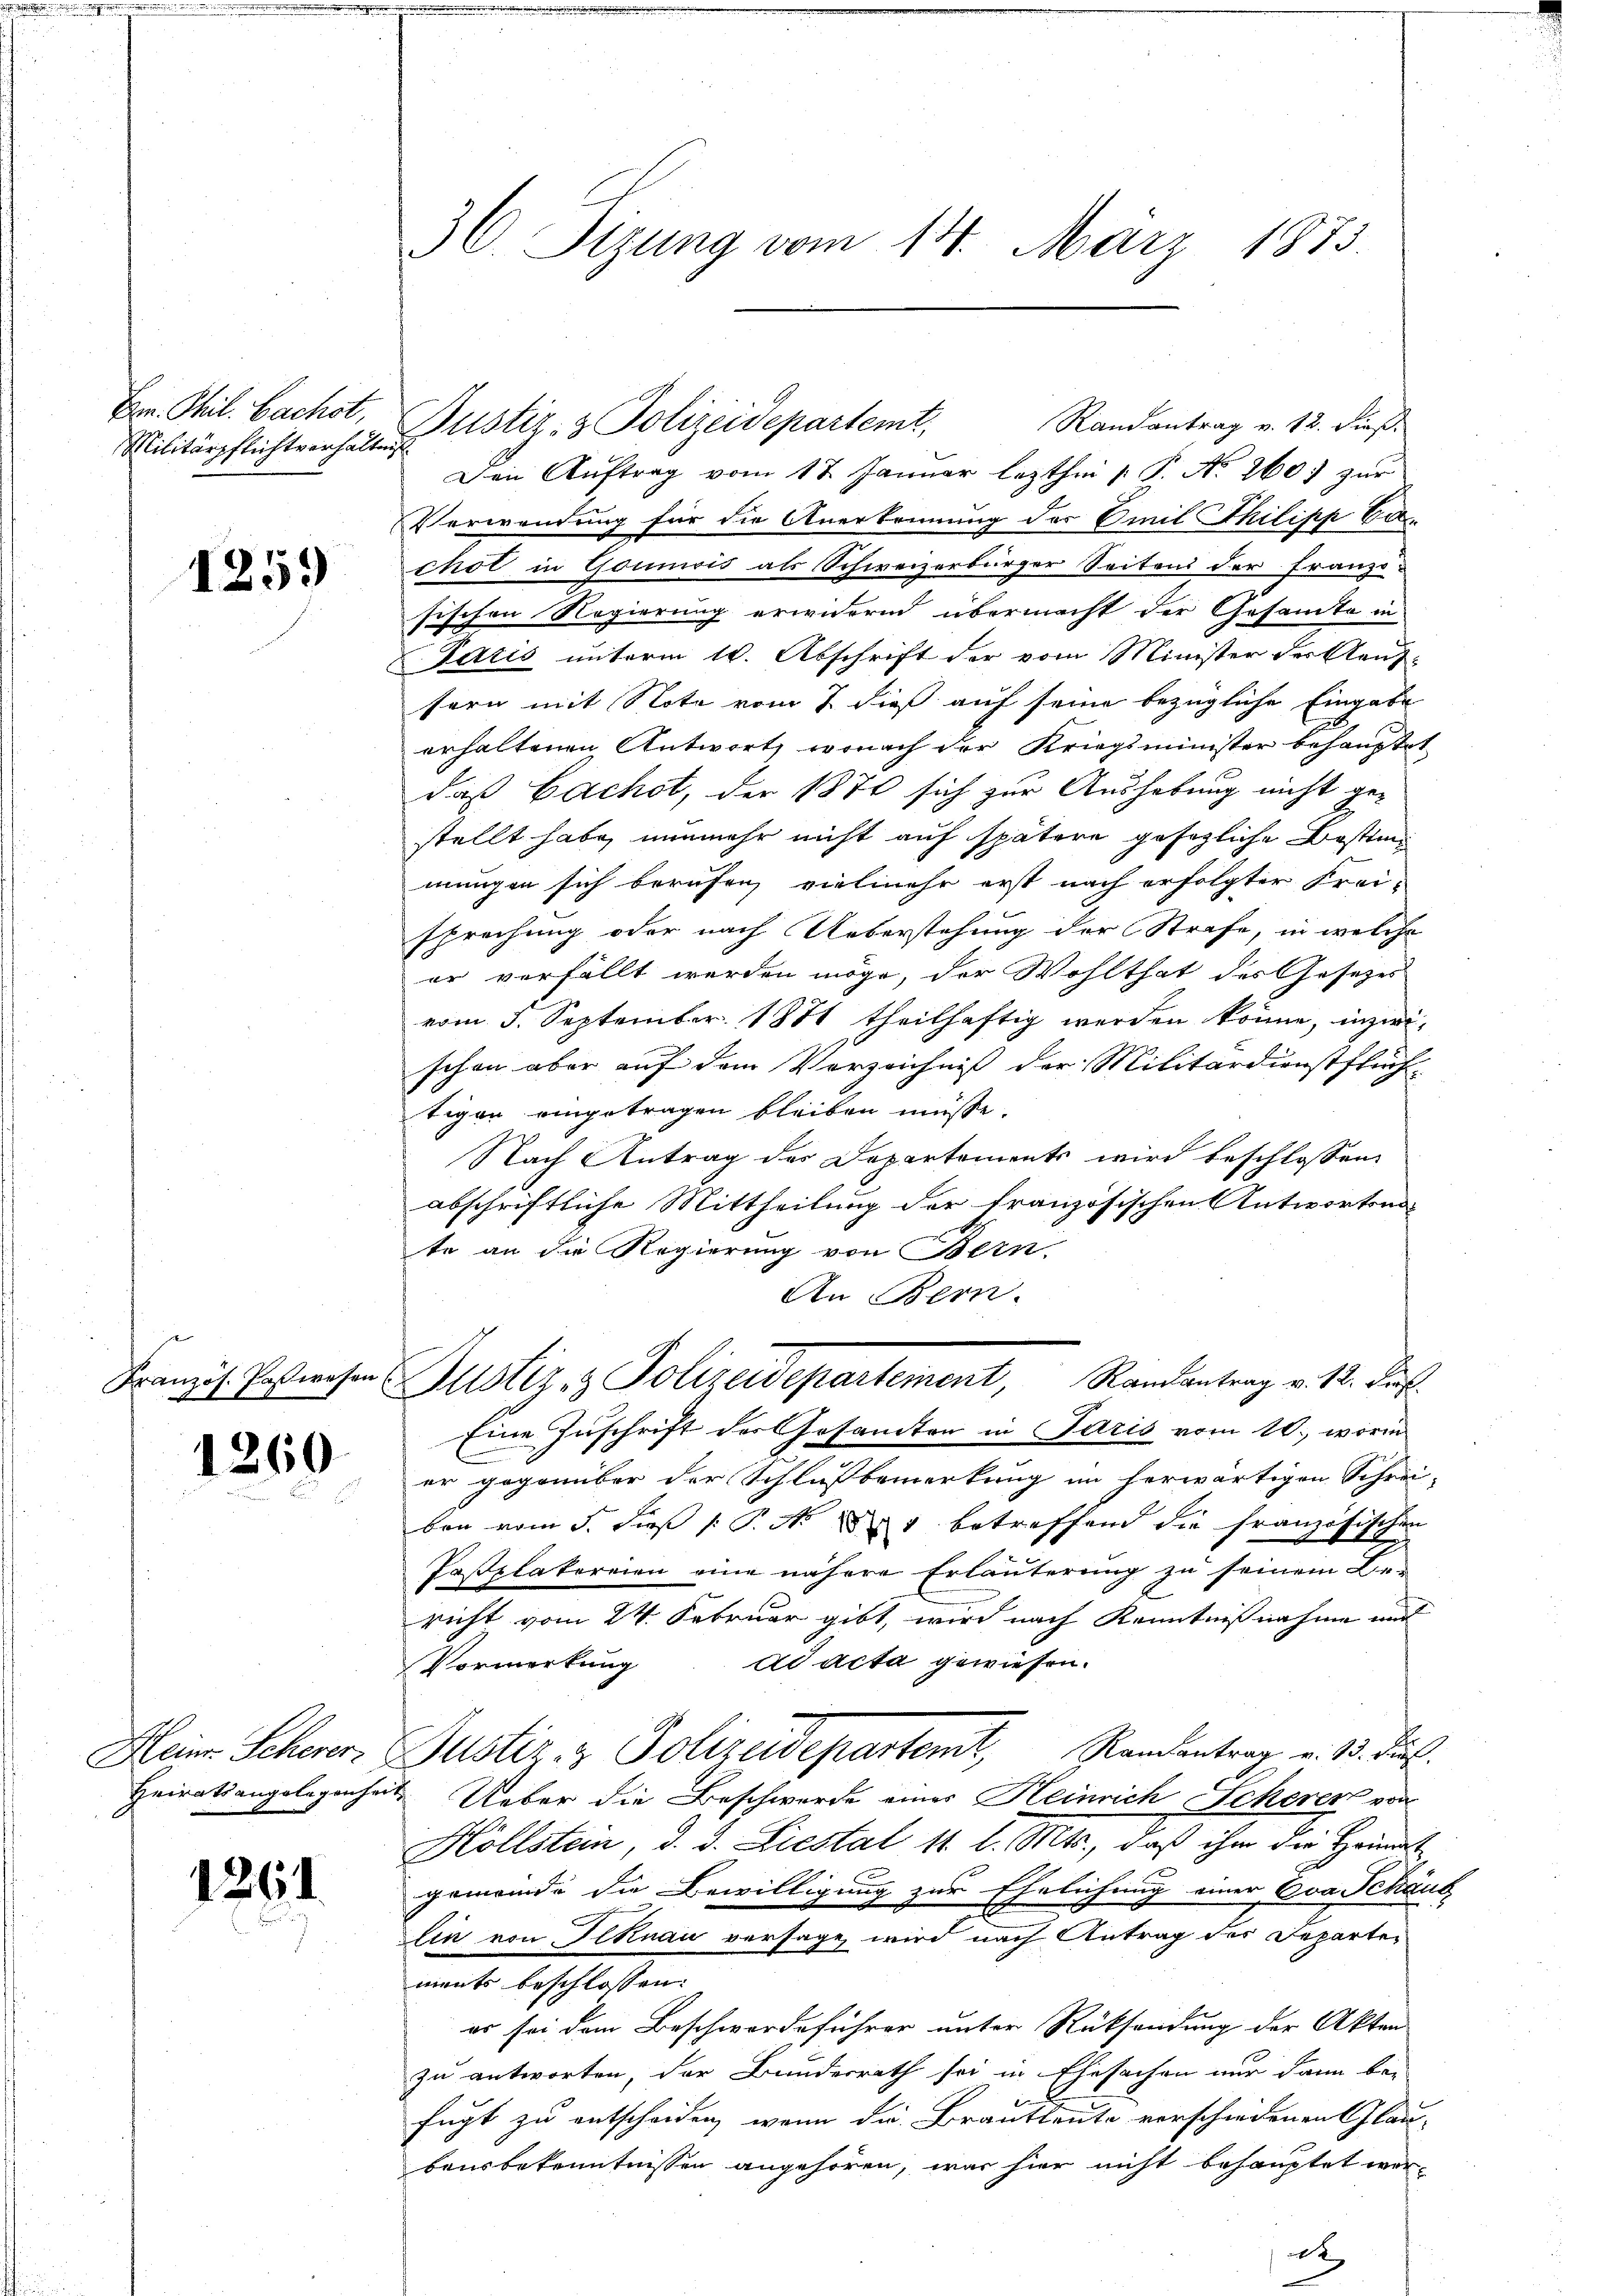
Hr. Phil. Bachst,

1259

e

1260

1261.

36 Sizung vom 14. März 1873.

Randantrag v. 12. dieß.
Den Auftrag vom 17. Januar lezthin 1: P. No. 260. zur
Verwendung für die Anerkennung des Emil Thilipp Bachot in Goumis als Schweizerbürger Seitens der Franzisischen Regierung erwidernd übermacht der Gesamte in
Tatis unterm 16. Abschrift der vom Minister der Aeufsern mit Note vom 7 dieß auf seine bezügliche Eingabe
erhaltenen Antwort, wonach der Kriegsminister behauptet
daß Bachst, der 1870 sich zur Aushebung nicht gestellt habe, nunmehr nicht auf spätere gesezliche Bestimmungen sich berufen, vielmehr erst nach erfolgter Frei-
sprechung oder nach Ueberstehung der Strafe, in welche
er verfällt werden möge, der Wohlthat des Gesezes
vom 5. September 1881 theilhaftig werden könne, inzwischon aber auf dem Verzeichniß der Militärdienstflüchtigen eingetragen bleiben müsse.
Nach Antrag des Departements wird beschlossen:
abschriftliche Mittheilung der Französischen Antwortente an die Regierung von Bern,
An Bern.
Franzis Postwesen Justiz & Polizeidepartement, Randantrag v. 12. Jul.
Eine Zuschrift der Gesandten in Paris vom 10. worin
er gegenüber der Schlußbemerkung im herwärtigen Schrei-
ben vom 5. dieß P. No 881 betreffend die französischen
Pasplatoreien eine nähere Erläuterung zu seinem Be-
A
richt vom 24. Februar gibt, wird nach Kenntnißnahme und
ad acta gewiesen.
Vormerkung
Heinr. Scherer Justiz- & Polizeidepartemt, Randantrag v. 13. Jul.
Heiratsangelegenheit Ueber die Beschwerde einer Heinrich Scherer vor
Höllstein, d. d. Liestal 11. l. Mts., daß ihm die Heimat
gemeinde die Bewilligung zur Ehelichung einer Eva Schänd
lin von Illnau versage wird nach Antrag der Departements beschlossen:
er sei dem Beschwerdeführer unter Rücksendung der Akten
zu antworten, der Bundesrath sei in Ehesachen nur dann bei
fügt zu entscheiden, wenn die Brautleute verschiedenen Glau
bausbekenntnissen angehören, was hier nicht behauptet wer¬

Militärpflichtverhalten Astiz- & Polizeidepartemt.